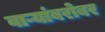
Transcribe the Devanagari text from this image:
वाऱ्यांबरोबर